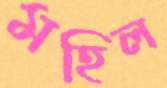
মহিল